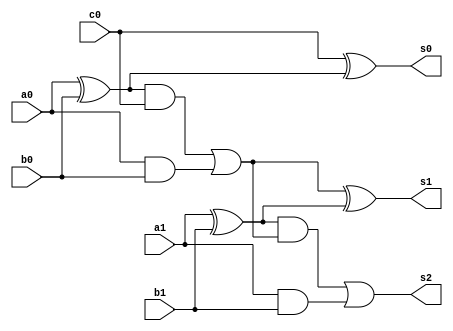
module twobitadder(s0,s1,s2,a0,a1,b0,b1,c0);
  input a0,b0,a1,b1,c0;
  output s0,s1,s2;
  wire xor1,xor2,or1,and1,and2,and3,and4;

  xor(xor1,a0,b0);
  xor(s0,c0,xor1);
  and(and1,xor1,c0);
  and(and2,a0,b0);
  or(or1,and1,and2);
  
  xor(xor2,a1,b1);
  xor(s1,or1,xor2);
  and(and3,xor2,or1);
  and(and4,a1,b1);
  or(s2,and3,and4);

endmodule